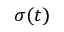
\sigma ( t )